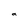
Character: a